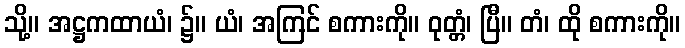
သို့။ အဋ္ဌကထာယံ၊ ၌။ ယံ၊ အကြင် စကားကို။ ဝုတ္တံ၊ ပြီ။ တံ၊ ထို စကားကို။